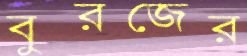
বুরজের